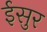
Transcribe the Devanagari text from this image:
ईसुर